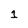
Character: 1